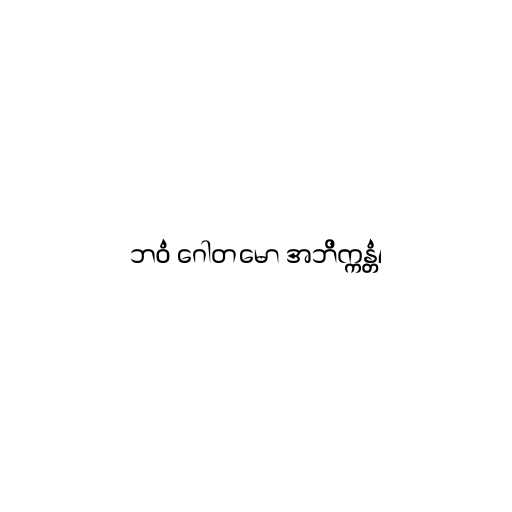
ဘဝံ ဂေါတမော အဘိက္ကန္တံ၊